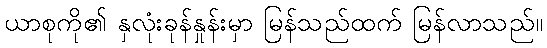
ယာစုကို၏ နှလုံးခုန်နှုန်းမှာ မြန်သည်ထက် မြန်လာသည်။